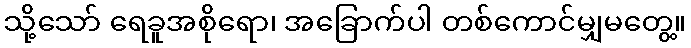
သို့သော် ရေခူအစိုရော၊ အခြောက်ပါ တစ်ကောင်မျှမတွေ့။